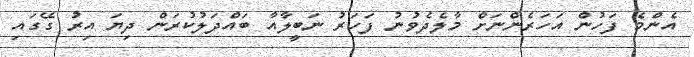
އެންމެ ފަހުން އަހަރެންނަށް މާލެދެވުނު ފަހަރު ނަބީލާއާ ބައްދަލުކުރަން ދިޔަ އިރު ގޭގައި